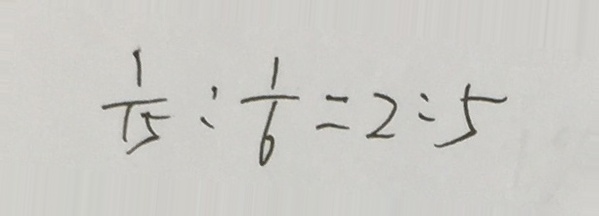
\frac { 1 } { 1 5 } : \frac { 1 } { 6 } = 2 : 5